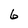
Character: 6